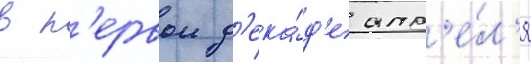
в п'ервои д'ека́д'е апр'е́л'я